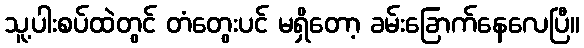
သူ့ပါးစပ်ထဲတွင် တံတွေးပင် မရှိတော့ ခမ်းခြောက်နေလေပြီ။